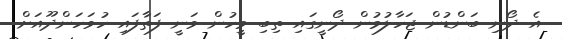
އެ ދޯނި ބަންޑުން ޖަހާލުމުން ދޯނީގައި ތިބި މީހުން ވަނީ ފަތާފައި ހުވަހަންދޫއަށް